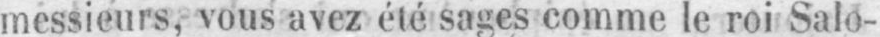
messieurs, vous avez été sages comme le roi Salo-